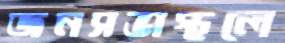
জনসভাস্থলে